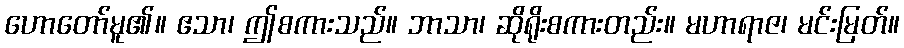
ဟောတော်မူ၏။ ဧသာ၊ ဤစကားသည်။ ဘာသာ၊ ဆိုရိုးစကားတည်း။ မဟာရာဇ၊ မင်းမြတ်။